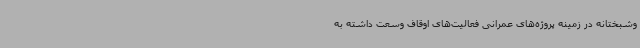
وشبختانه در زمینه پروژه‌های عمرانی فعالیت‌های اوقاف وسعت داشته به